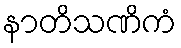
နာတိသဏိကံ